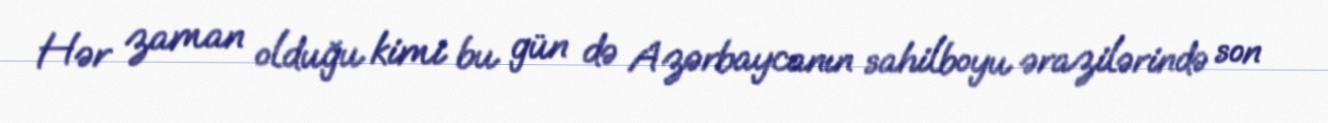
Hər zaman olduğu kimi bu gün də Azərbaycanın sahilboyu ərazilərində son